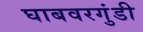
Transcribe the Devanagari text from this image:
घाबवरगुंडी